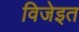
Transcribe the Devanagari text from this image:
विजेइत